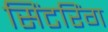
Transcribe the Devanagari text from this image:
सिंटरिंग